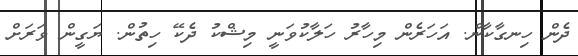
ދެން ހިނގާކާން. އަހަރެން މިހާރު ހަލާކުވަނީ މިޝްކު ދެކޭ ހިތުން. ޔަގީން ވަރަށް